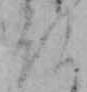
仏